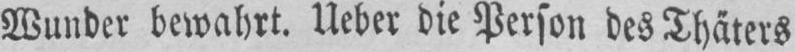
Wunder bewahrt. Ueber die Person des Thäters